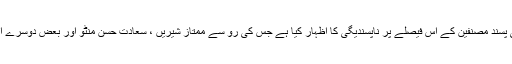
ڈاکٹر رائپوری کا قصور صرف اتنا ہے کہ انہوں نے مقالے کے آخر میں انجمن ترقی پسند مصنفین کے اس فیصلے پر ناپسندیگی کا اظہار کیا ہے جس کی رو سے ممتاز شیریں ، سعادت حسن منٹو اور بعض دوسرے اکابر کی تحریروں کو "ترقی پسند" رسالوں میں شائع کرنے پر پابندی لگائی گئی تھی۔